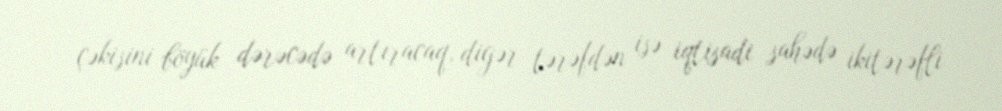
çəkisini böyük dərəcədə artıracaq, digər tərəfdən isə iqtisadi sahədə ikitərəfli